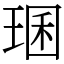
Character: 㻒